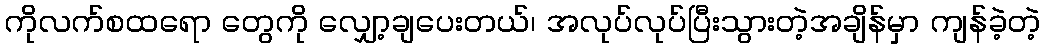
ကိုလက်စထရော တွေကို လျှော့ချပေးတယ်၊ အလုပ်လုပ်ပြီးသွားတဲ့အချိန်မှာ ကျန်ခဲ့တဲ့